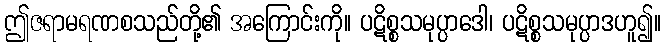
ဤဇရာမရဏစသည်တို့၏ အကြောင်းကို။ ပဋိစ္စသမုပ္ပာဒေါ၊ ပဋိစ္စသမုပ္ပာဒဟူ၍။